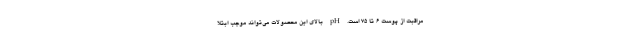
مراقبت از پوست ۶ تا ۷۵ است. pH بالای این محصولات می‌تواند موجب ابتلا